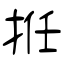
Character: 拰